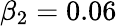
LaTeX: \beta_{2}=0.06